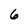
Character: 6